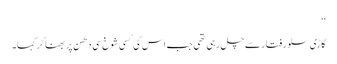
‘‘
گاڑی سلو رفتار سے چل رہی تھی جب اس کی کسی شوخ سی دھن پر بھنا کر کہا۔